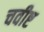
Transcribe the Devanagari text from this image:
चवीष्ट